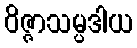
ဝိဇ္ဇာသမ္ပဒါယ